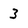
Character: 3